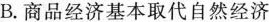
B.商品经济基本取代自然经济